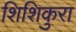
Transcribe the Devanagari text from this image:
शिशिकुरा